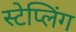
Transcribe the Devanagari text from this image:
स्टेप्लिंग